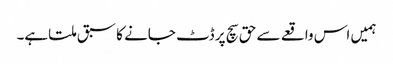
ہمیں اس واقعے سے حق سچ پر ڈٹ جانے کا سبق ملتاہے۔